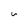
Character: v